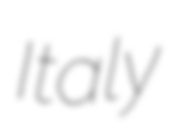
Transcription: Italy